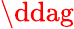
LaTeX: \mathrm{\ddag}